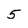
Character: 5